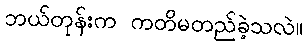
ဘယ်တုန်းက ကတိမတည်ခဲ့သလဲ။